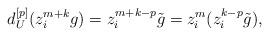
LaTeX: \begin{align*}d_U^{[p]}(z_i^{m+k}g)=z_i^{m+k-p}\tilde{g}=z_i^m(z_i^{k-p}\tilde{g}),\end{align*}